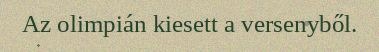
Az olimpián kiesett a versenyből.